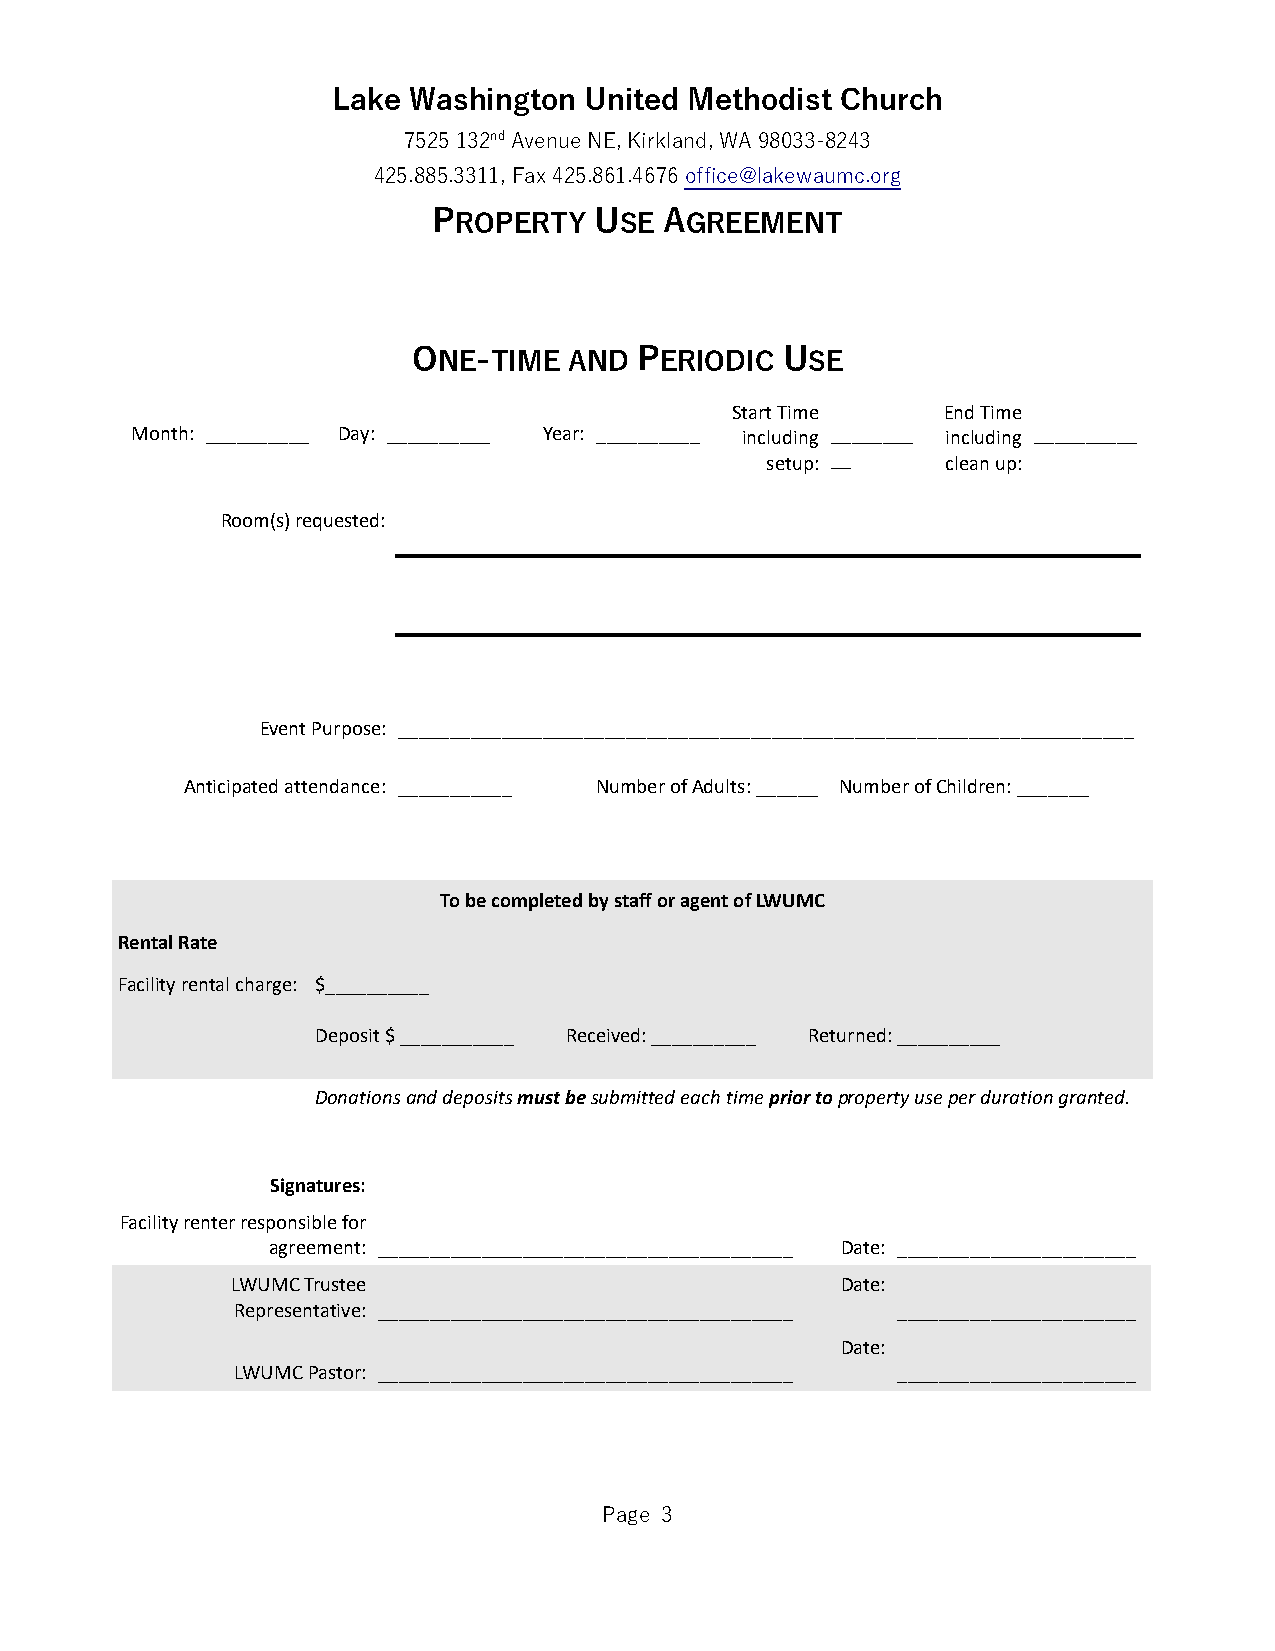
Lake Washington  United Methodist Church
 7525 132nd Avenue NE, Kirkland, WA 98033-8243
 425.885.3311, Fax 425.861.4676 office@lakewaumc.org
 PROPERTY  USE  AGREEMENT
 ONE-TIME   AND PERIODIC  USE
 Start Time    End Time
 Month: __________ Day: __________ Year: __________ including ________ including __________
 setup: __   clean up:
 Room(s) requested:
 Event Purpose: _______________________________________________________________________
 Anticipated attendance: ___________ Number of Adults: ______ Number of Children: _______
 To be completed by staff or agent of LWUMC
 Rental Rate
 Facility rental charge: $__________
 Deposit $ ___________ Received: __________ Returned: __________
 Donations and deposits must be submitted each time prior to property use per duration granted.
 Signatures:
 Facility renter responsible for
 agreement: ________________________________________ Date: _______________________
 LWUMC Trustee                            Date:
 Representative: ________________________________________ _______________________
 Date:
 LWUMC Pastor: ________________________________________ _______________________
 Page 3